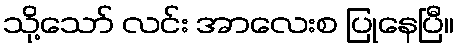
သို့သော် လင်း အာလေးစ ပြုနေပြီ။